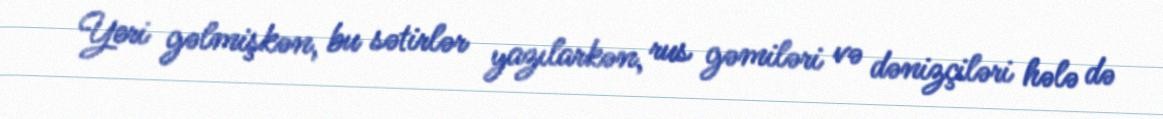
Yeri gəlmişkən, bu sətirlər yazılarkən, rus gəmiləri və dənizçiləri hələ də